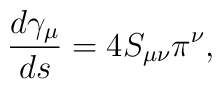
\frac{d\gamma _\mu }{ds}=4S_{\mu \nu }\pi ^\nu ,